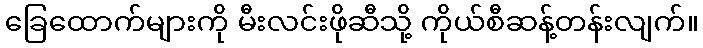
ခြေထောက်များကို မီးလင်းဖိုဆီသို့ ကိုယ်စီဆန့်တန်းလျက်။